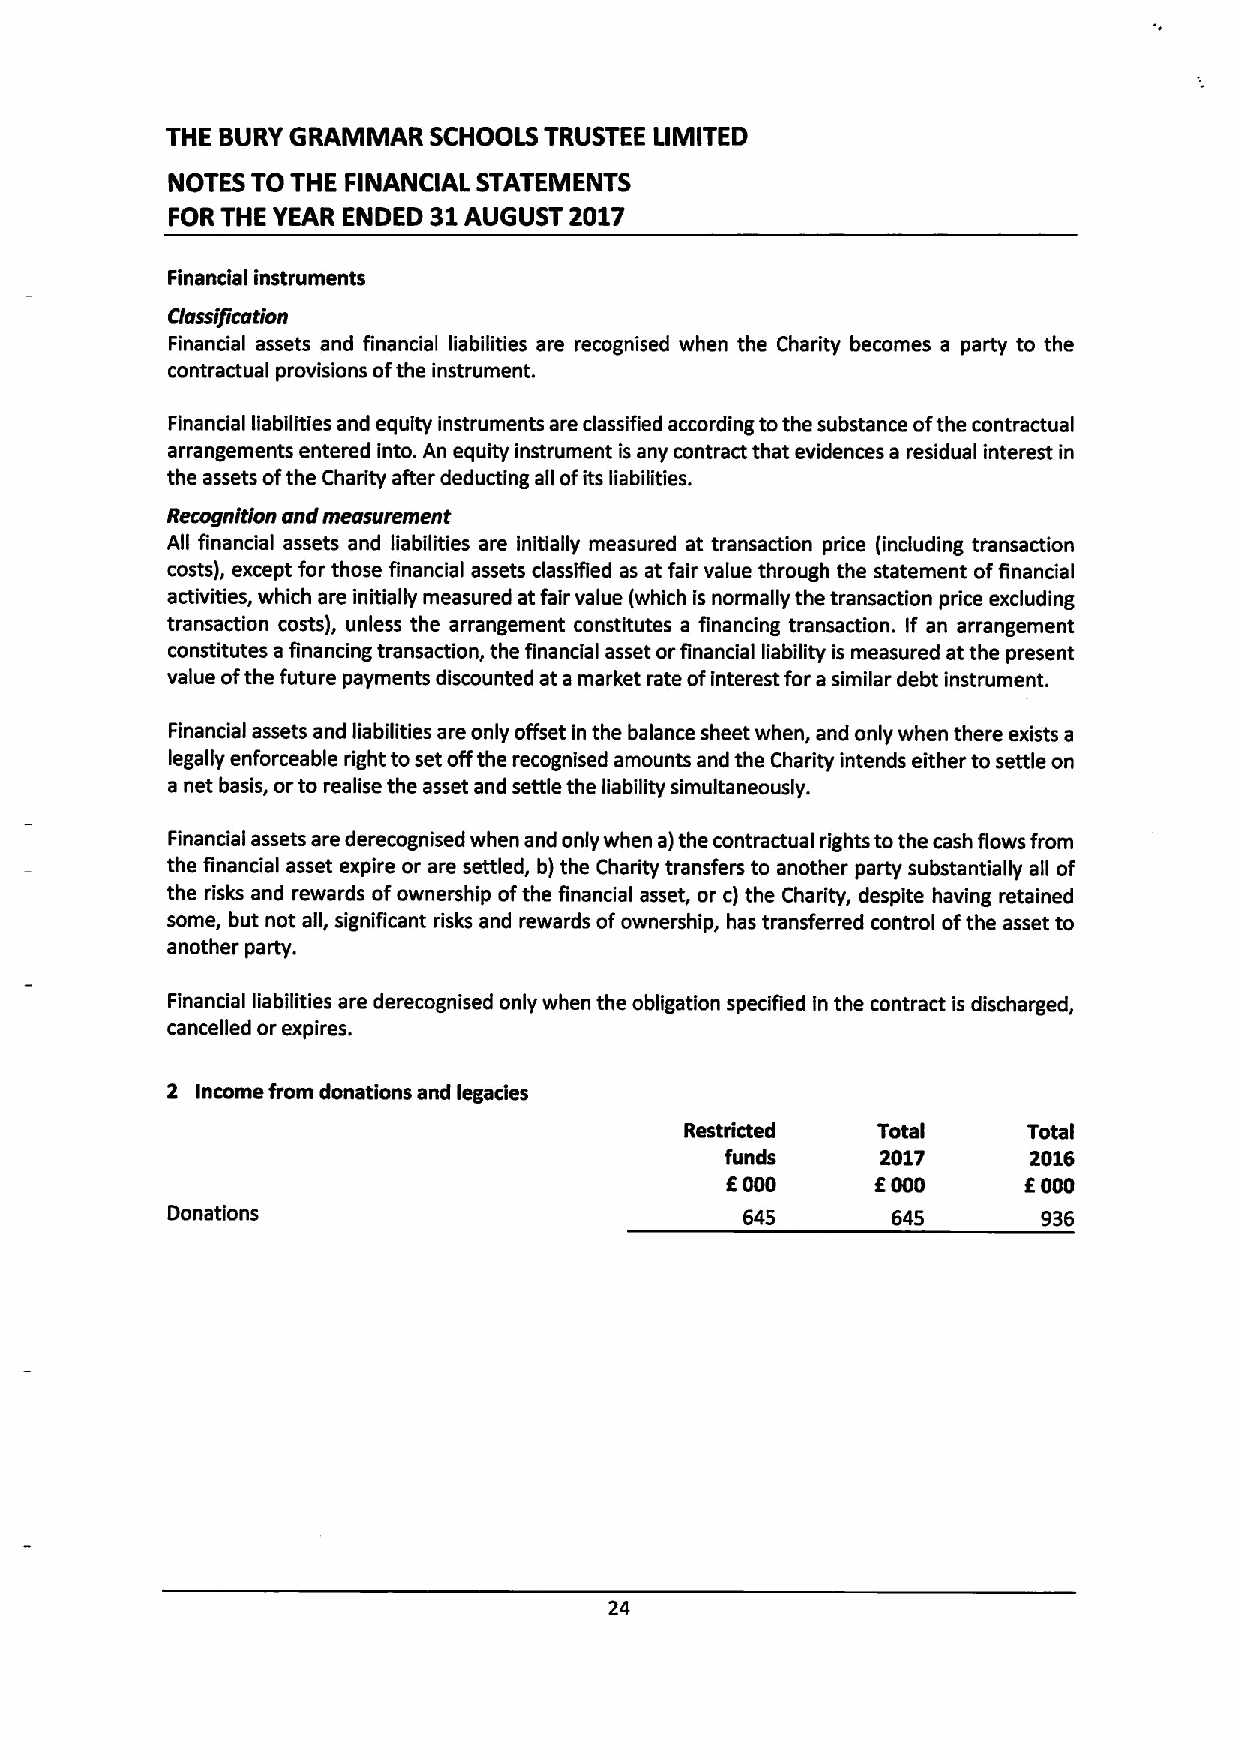
THE BURY GRAMMAR SCHOOLS TRUSTEE LIMITED
 NOTES TO THE FINANCIAL STATEMENTS
 FOR THE YEAR ENDED 31 AUGUST 2017
 Financial instruments
 Cfasslffcatfon
 Financial assets and financial liabilities are recognised when the Chadity becomes a party to the
 contractual provisions ofthe instrument.
 Financial liabilities and equity instruments are classified according tothe substance ofthe contractual
 arrangements entered into. An equity instrument is any contract that evidences a residual interest in
 the assets ofthe Charity after deducting all ofits liabilities.
 RecognRfon and measurement
 All financial assets and liabilities are initially measured at transaction price (including transaction
 costs), except for those financial assets classified as at fair value through the statement offinancial
 activities, which are initially measured atfair value (which is normally the transaction price excluding
 transaction costs), unless the arrangement constitutes a financing transaction. If an arrangement
 constitutes afinancing transaction, the financial asset orfinancial liability is measured at the present
 value ofthe future payments discounted at amarket rate ofinterest for a similar debt instrument.
 Financial assets and liabilities are only offset in the balance sheet when, and only when there exists a
 legally enforceable right toset offthe recognised amounts and the Charity intends either to settle on
 a net basis, orto realise the asset and settle the liability simultaneously.
 Financial assets are derecognised when and only when a)the contractual rights tothe cash flows from
 the financial asset expire or are settled, b)the Charity transfers to another party substantially all of
 the risks and rewards ofownership ofthe financial asset, or c)the Charity, despite having retained
 some, but not all, significant risks and rewards ofownership, has transferred control ofthe asset to
 another party.
 Financial liabilities are derecognised only when the obligation specified in the contract is discharged,
 cancelled or expires.
 2 income from donations and legacies
 Restricted   Total     Total
 funds     2017      2016
 f
 6000       000      6000
 Donations                             645       645       936
 24